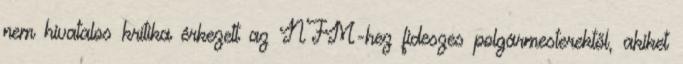
nem hivatalos kritika érkezett az NFM-hez fideszes polgármesterektől, akiket